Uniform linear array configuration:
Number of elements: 32
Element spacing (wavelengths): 1
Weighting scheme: uniform
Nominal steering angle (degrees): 60
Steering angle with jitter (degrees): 59.973
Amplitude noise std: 0.05
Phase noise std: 0.05

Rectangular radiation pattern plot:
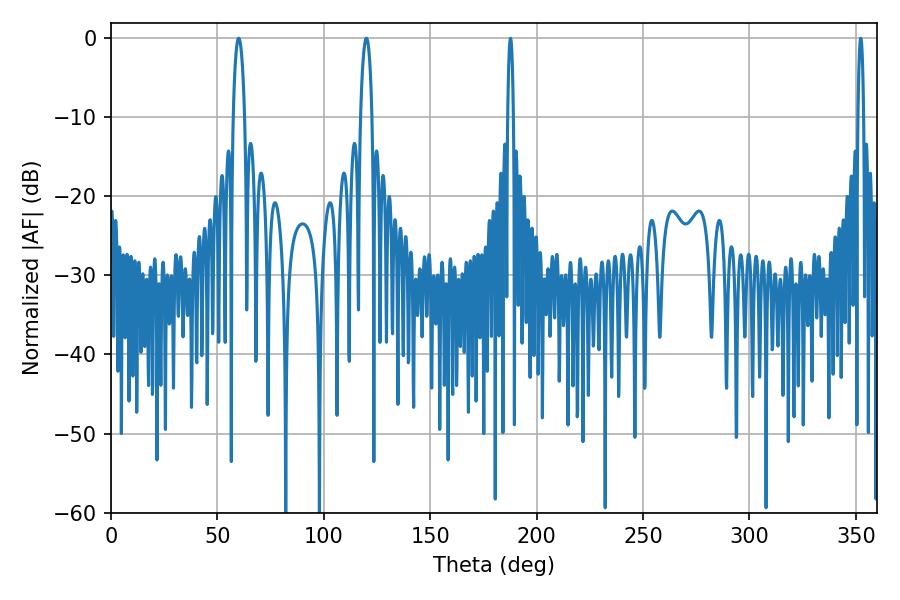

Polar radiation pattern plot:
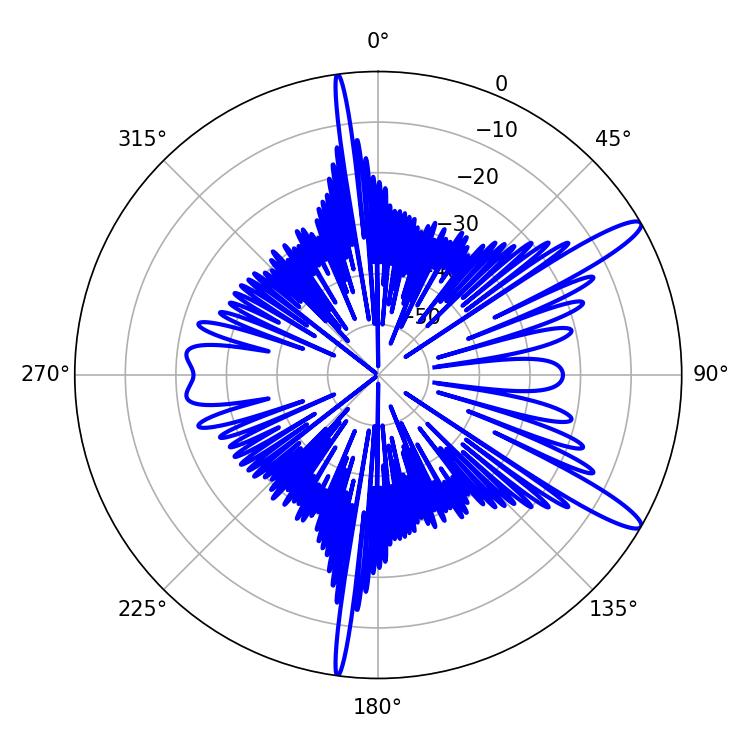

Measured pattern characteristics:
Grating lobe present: TRUE
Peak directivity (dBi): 13.148
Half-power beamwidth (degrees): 3.06
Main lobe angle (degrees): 59.94